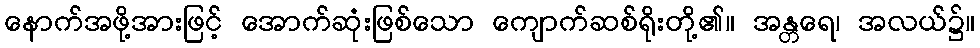
နောက်အဖို့အားဖြင့် အောက်ဆုံးဖြစ်သော ကျောက်ဆစ်ရိုးတို့၏။ အန္တရေ၊ အလယ်၌။